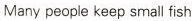
Many people keep small fish